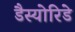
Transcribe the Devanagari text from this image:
डैस्योरिडे